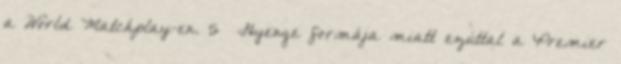
a World Matchplay-en. 5 Gyenge formája miatt ezúttal a Premier